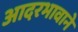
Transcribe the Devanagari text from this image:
आदरभावाने